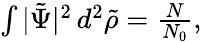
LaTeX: \begin{array}{r}{\int|{\tilde{\Psi}}|^{2}\, d^{2}{\tilde{\rho}}=\frac N{N_{0}},}\end{array}